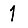
Digit: 1